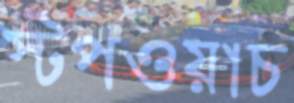
স্টপওয়াচ